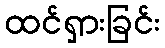
ထင်ရှားခြင်း